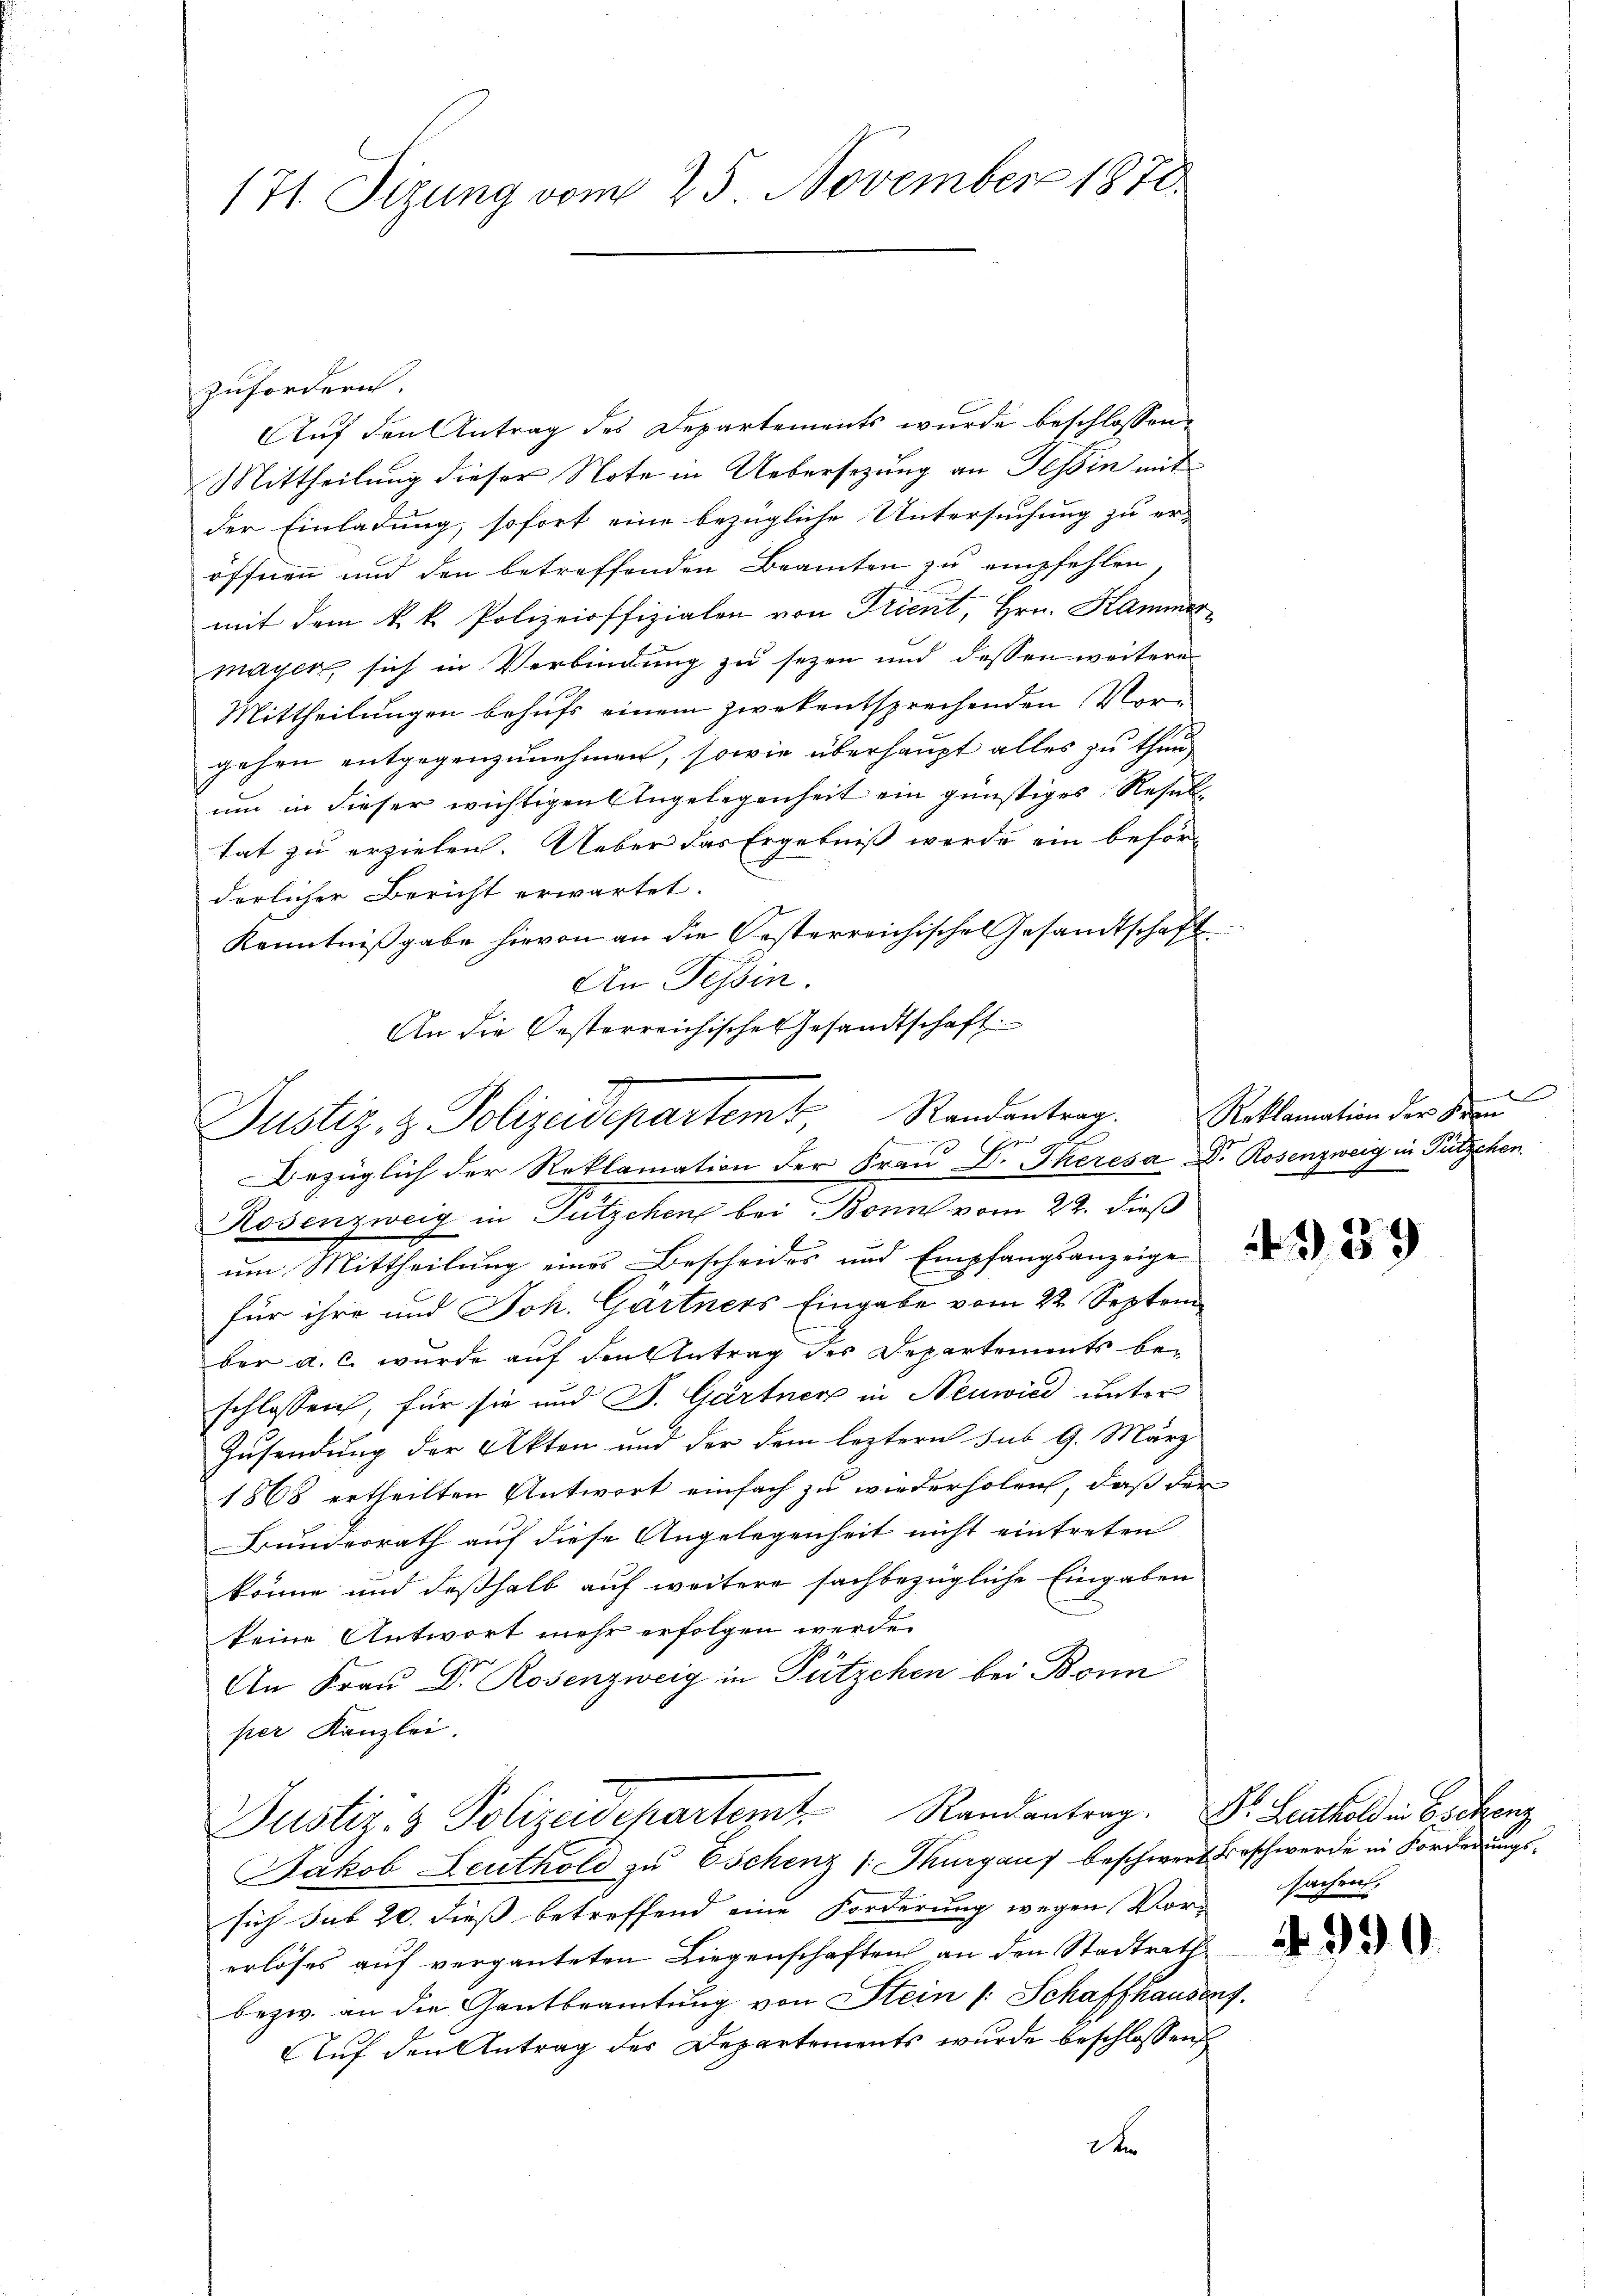
171. Sizung vom 25. November 1870

zufordern.
Auf den Antrag des Departements wurde beschlossen,
Mittheilung dieser Note in Uebersezung an Tessin mit
der Einladung, sofort eine bezügliche Untersuchung zu er-
öffnen und den betreffenden Beamten zu empfehlen,
mit dem k. k. Polizeioffizialen von Trient, Hrn. Kammer
mayer, sich in Verbindung zu sezen und dessen weiteres
Mittheilungen behufs einem zwekentsprechenden Vorgehen entgegenzunehmen, sowie überhaupt alles zu thun,
um in dieser wichtigen Angelegenheit ein günstiges Resultat zu erzielen. Ueber das Ergebniß werde ein beförderlicher Bericht erwartet.
Kenntnißgabe hievon an die Oesterreichischen Gesandtschaft
An Tessin.
An die Oesterreichische Gesandtschaft.

Justiz, z. Polizeidepartem Standanterr.
A

Bezüglich der Reklamation der Frau Dr. Theresa Dr. Rosenzweig in Putzchen.
Rosenzweig in Tutzchen bei Bonn vom 22. dieß
ŭm Mittheilŭng einer Bescheider und Empfangsanzeige
für ihre und Joh. Gärtners Eingabe vom 22. September a. c. wurde auf den Antrag des Departements bei
schlossen, für sie und S. Gärtner in Neuwied unter
Zusendung der Akten und der dem leztern sub 9. März
1868 ertheilten Antwort einfach zu wiederholen, daß der
Bundesrath auf diese Angelegenheit nicht eintreten
könne und deßhalb auf weitere sachbezügliche Eingaben
keine Antwort mehr erfolgen werde.
An Frau Dr. Rosenzweig in Pützchen bei Bonn
per Kanzlei.
Justiz- & Polizeidepartemt. Randantrag. Dr. Leuthold in Bestenz
Jakob Leuthold zu Oschenz /: Thurgau beschwert Beschwerde in Forderungssich sub 20. diess betreffend eine Forderung wegen Vor-
erlöses auf verganteten Liegenschaften an den Stadtrath
bezw. an die Gantbeamtung von Stein /: Schaffhausent.
Aŭf den Antrag des Departements wurde beschlossen
D

d
Reklamation der Fran

sachen.

930.